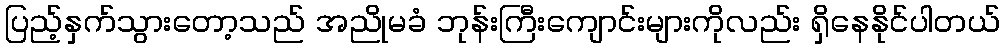
ပြည့်နှက်သွားတော့သည် အညိုမခံ ဘုန်းကြီးကျောင်းများကိုလည်း ရှိနေနိုင်ပါတယ်